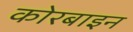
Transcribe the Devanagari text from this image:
कोरबाइन